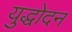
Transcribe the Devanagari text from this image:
युद्धोदन